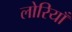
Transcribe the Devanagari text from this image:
लोरियाँ